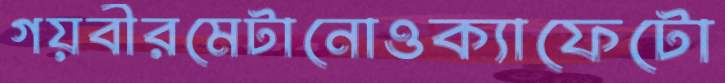
গয়বীরমেটানোওক্যাফেটো